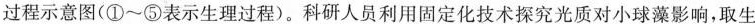
过程示意图(①~⑤表示生理过程)。科研人员利用固定化技术探究光质对小球藻影响，取生